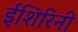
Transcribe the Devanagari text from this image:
ईशिरिनी